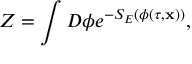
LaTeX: Z = \int { \cal D } \phi e ^ { - S _ { E } ( \phi ( \tau , { \bf x } ) ) } ,